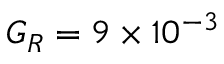
G _ { R } = 9 \times 1 0 ^ { - 3 }